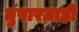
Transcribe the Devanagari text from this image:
तुषारग्राही